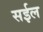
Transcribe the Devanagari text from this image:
सईल